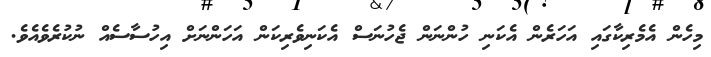
މިހެން އެމެރިކާގައި އަހަރެން އެކަނި ހުންނަން ޖެހުނަސް އެކަނިވެރިކަން އަހަންނަށް އިހުސާސެއް ނުކުރެވެއެވެ.